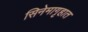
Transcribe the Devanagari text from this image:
सिनेमागृहात